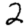
Digit: 2